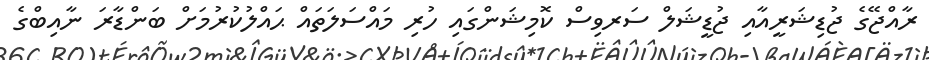
ރާއްޖޭގެ ޖުޑިޝަރީއާއި ޖުޑީޝަލް ސަރވިސް ކޮމިޝަންގައި ހުރި މައްސަލަތައް ޙައްލުކުރުމަށް ބަންޑާރަ ނާއިބްގެ